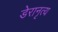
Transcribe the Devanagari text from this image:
डेरानृत्य